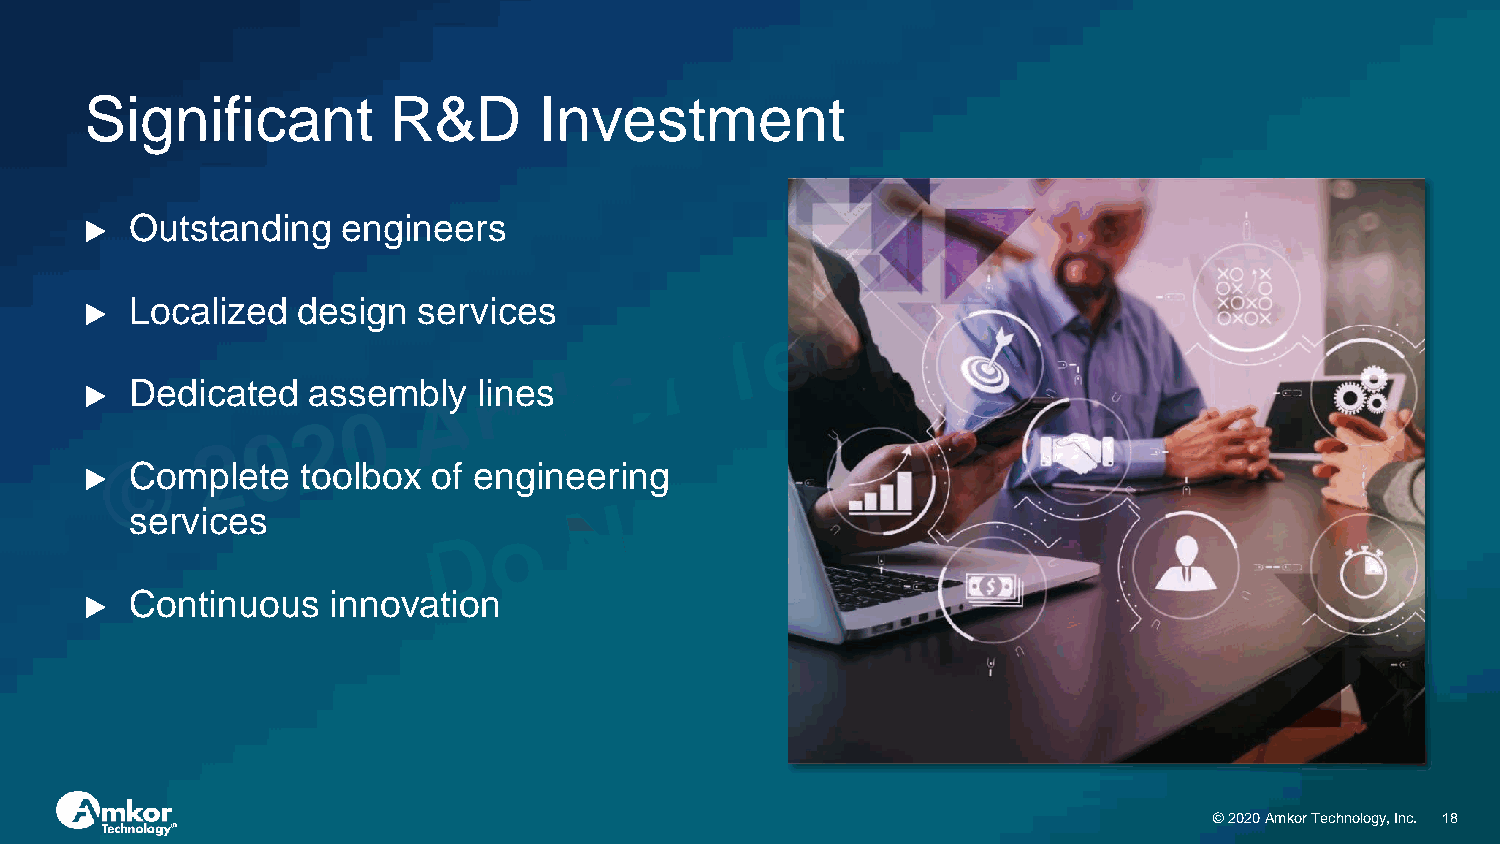
Significant         R&D       Investment
 Outstanding   engineers
 ▶
 Localized  design  services
 ▶
 Dedicated  assembly    lines
 ▶
 Complete   toolbox  of engineering
 ▶
 services
 Continuous   innovation
 ▶
 © 2020 Amkor Technology, Inc. 18